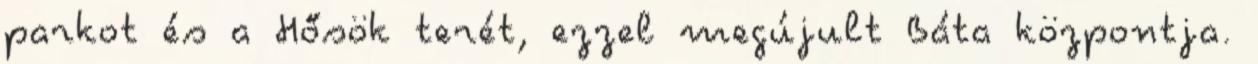
parkot és a Hősök terét, ezzel megújult Báta központja.